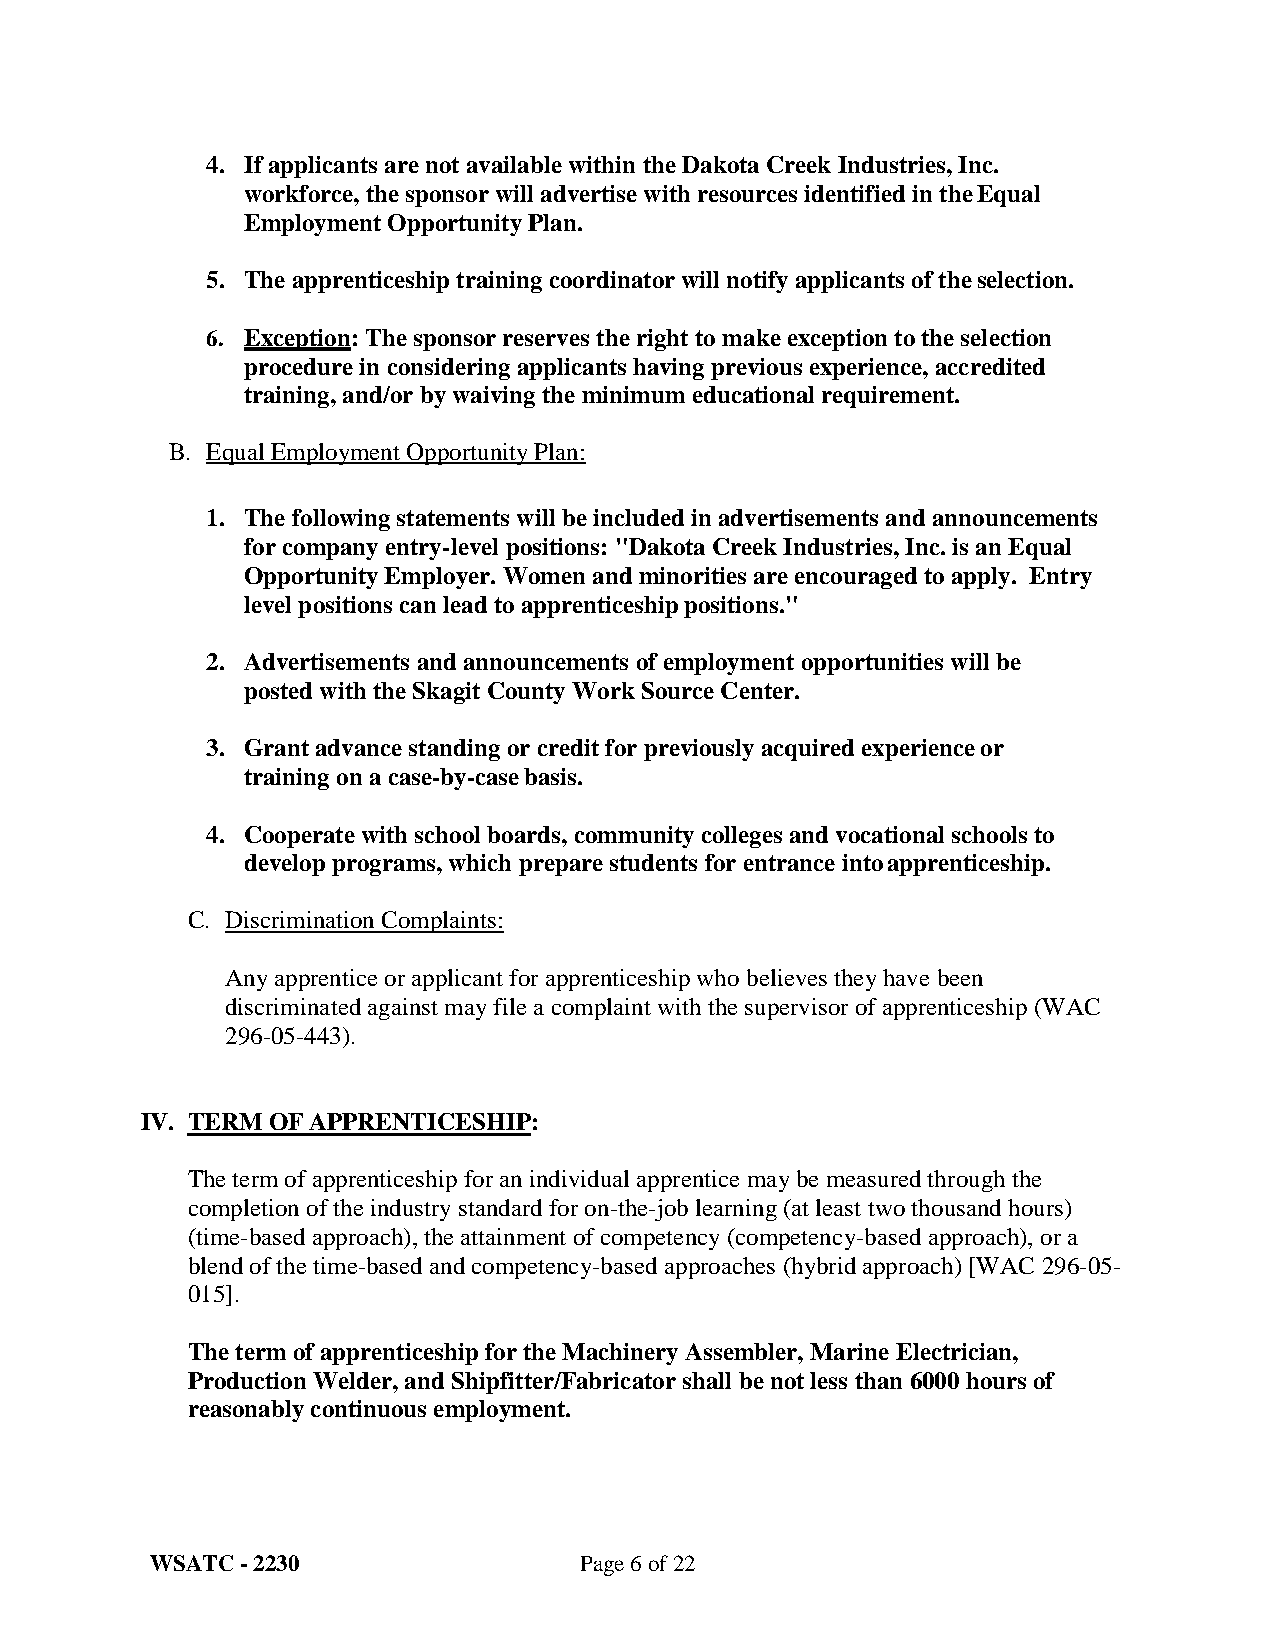
4. If applicants are not available within the Dakota Creek Industries, Inc.
 workforce, the sponsor will advertise with resources identified in the Equal
 Employment Opportunity Plan.
 5. The apprenticeship training coordinator will notify applicants of the selection.
 6. Exception: The sponsor reserves the right to make exception to the selection
 procedure in considering applicants having previous experience, accredited
 training, and/or by waiving the minimum educational requirement.
 B. Equal Employment Opportunity Plan:
 1. The following statements will be included in advertisements and announcements
 for company entry-level positions: "Dakota Creek Industries, Inc. is an Equal
 Opportunity Employer. Women and minorities are encouraged to apply. Entry
 level positions can lead to apprenticeship positions."
 2. Advertisements and announcements of employment opportunities will be
 posted with the Skagit County Work Source Center.
 3. Grant advance standing or credit for previously acquired experience or
 training on a case-by-case basis.
 4. Cooperate with school boards, community colleges and vocational schools to
 develop programs, which prepare students for entrance into apprenticeship.
 C. Discrimination Complaints:
 Any apprentice or applicant for apprenticeship who believes they have been
 discriminated against may file a complaint with the supervisor of apprenticeship (WAC
 296-05-443).
 IV. TERM OF APPRENTICESHIP:
 The term of apprenticeship for an individual apprentice may be measured through the
 completion of the industry standard for on-the-job learning (at least two thousand hours)
 (time-based approach), the attainment of competency (competency-based approach), or a
 blend of the time-based and competency-based approaches (hybrid approach) [WAC 296-05-
 015].
 The term of apprenticeship for the Machinery Assembler, Marine Electrician,
 Production Welder, and Shipfitter/Fabricator shall be not less than 6000 hours of
 reasonably continuous employment.
 WSATC - 2230                Page 6 of 22